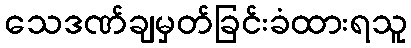
သေဒဏ်ချမှတ်ခြင်းခံထားရသူ